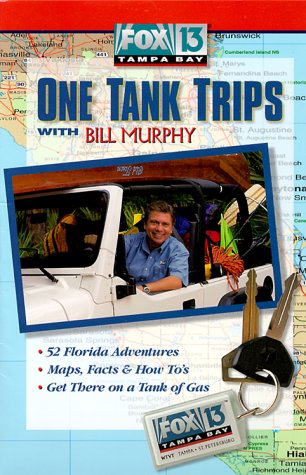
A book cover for Fox 13 Tampa Bay One Tank Trips With Bill Murphy (Fox 13 One Tank Trips Off the Beaten Path); Bill Murphy; Travel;